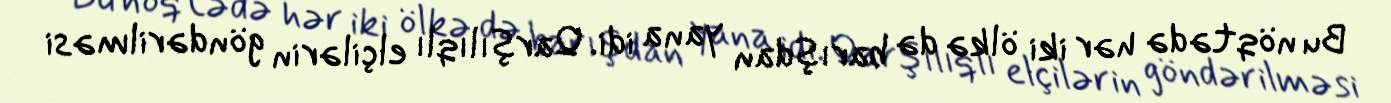
Bu nöqtədə hər iki ölkə də barışdan yana idi. Qarşılıqlı elçilərin göndərilməsi